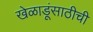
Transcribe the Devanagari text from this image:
खेळाडूंसाठीची